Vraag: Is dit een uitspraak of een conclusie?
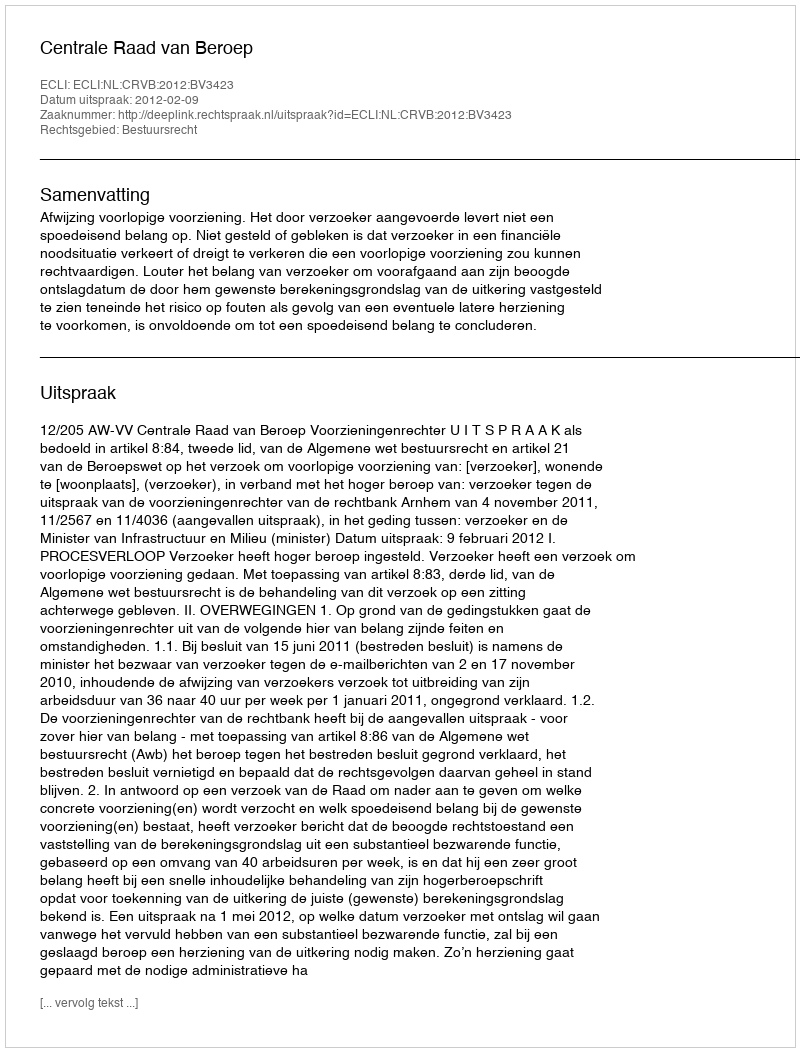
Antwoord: Uitspraak